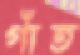
গাঁত